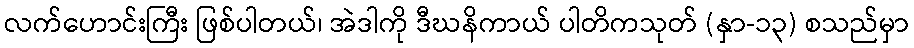
လက်ဟောင်းကြီး ဖြစ်ပါတယ်၊ အဲဒါကို ဒီဃနိကာယ် ပါတိကသုတ် (နှာ-၁၃) စသည်မှာ